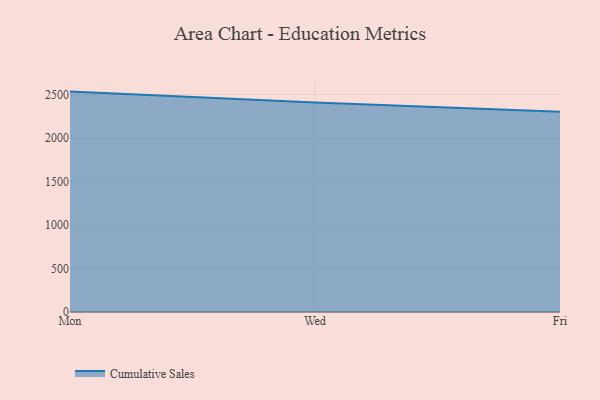
{"axis": {"x": "Day", "y": "Headcount"}, "legend": ["Cumulative Sales"], "data": [{"x": "Mon", "y": 2533.8, "type": "Cumulative Sales"}, {"x": "Wed", "y": 2409.4, "type": "Cumulative Sales"}, {"x": "Fri", "y": 2301.6, "type": "Cumulative Sales"}]}